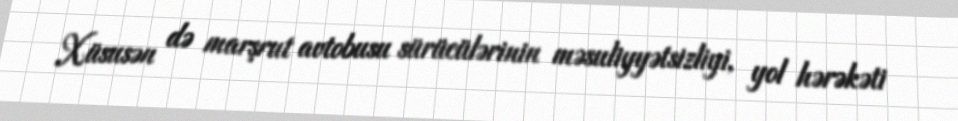
Xüsusən də marşrut avtobusu sürücülərinin məsuliyyətsizliyi, yol hərəkəti